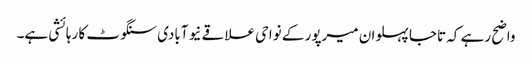
واضح رہے کہ تاجا پہلوان میرپور کے نواحی علاقے نیو آبادی سنگوٹ کا رہائشی ہے۔